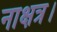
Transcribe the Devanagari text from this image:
नाक्षत्र।